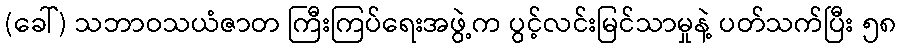
(ခေါ်) သဘာဝသယံဇာတ ကြီးကြပ်ရေးအဖွဲ့က ပွင့်လင်းမြင်သာမှုနဲ့ ပတ်သက်ပြီး ၅၈